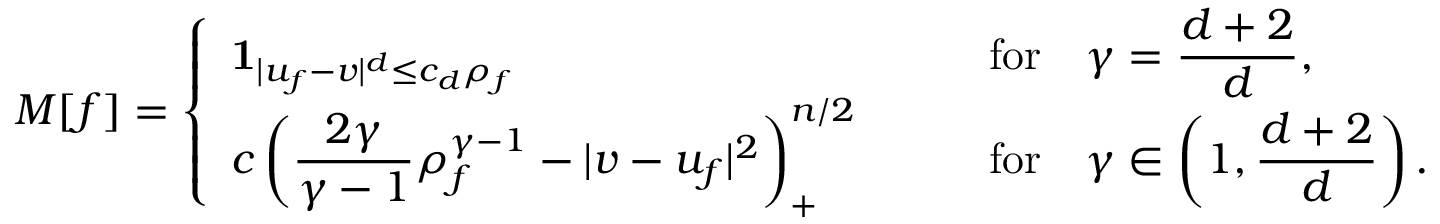
M [ f ] = \left\{ \begin{array} { l l } { \displaystyle \mathbf { 1 } _ { | u _ { f } - v | ^ { d } \le c _ { d } \rho _ { f } } \qquad } & { \mathrm { f o r } \quad \displaystyle \gamma = \frac { d + 2 } { d } , } \\ { \displaystyle c \left( \frac { 2 \gamma } { \gamma - 1 } \rho _ { f } ^ { \gamma - 1 } - | v - u _ { f } | ^ { 2 } \right) _ { + } ^ { n / 2 } \qquad } & { \mathrm { f o r } \quad \displaystyle \gamma \in \left( 1 , \frac { d + 2 } d \right) . } \end{array} \right.